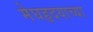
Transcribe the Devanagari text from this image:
मेघहृदयाच्या